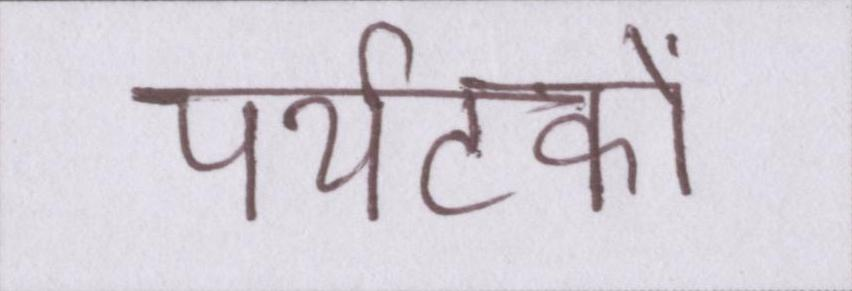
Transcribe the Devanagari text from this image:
पर्यटकों